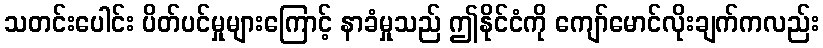
သတင်းပေါင်း ပိတ်ပင်မှုများကြောင့် နာခံမှုသည် ဤနိုင်ငံကို ကျော်မောင်လိုးချက်ကလည်း